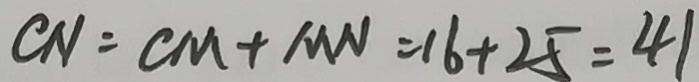
C N = C M + M N = 1 6 + 2 5 = 4 1